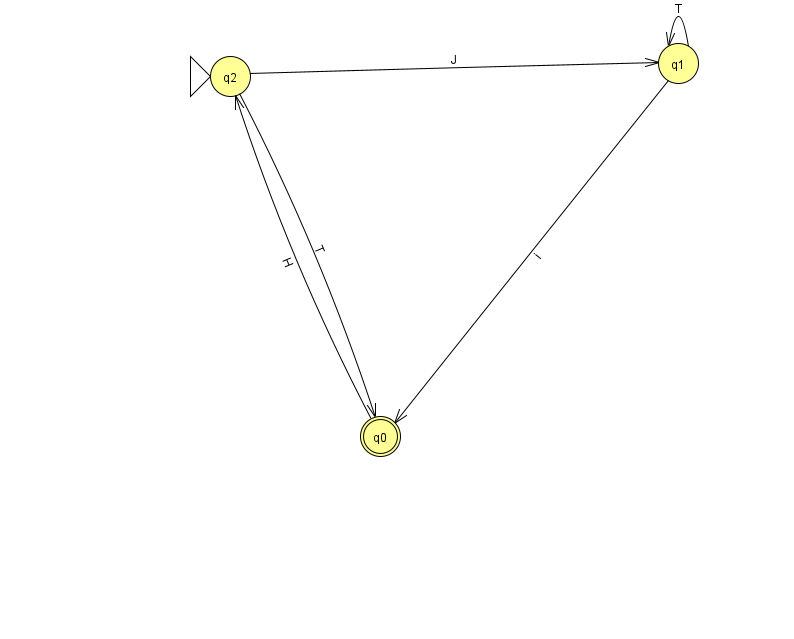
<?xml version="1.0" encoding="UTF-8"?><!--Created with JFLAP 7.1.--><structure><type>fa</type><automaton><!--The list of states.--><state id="0" name="q0"><x>380.0</x><y>423.0</y><final/></state><state id="1" name="q1"><x>678.0</x><y>50.0</y></state><state id="2" name="q2"><x>230.0</x><y>63.0</y><initial/></state><!--The list of transitions.--><transition><from>1</from><to>1</to><read>T</read></transition><transition><from>2</from><to>0</to><read>T</read></transition><transition><from>0</from><to>2</to><read>H</read></transition><transition><from>1</from><to>0</to><read>i</read></transition><transition><from>2</from><to>1</to><read>J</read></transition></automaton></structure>